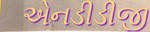
એનડીડીજી